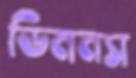
ডিমনস